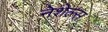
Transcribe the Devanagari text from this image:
नेशेल्स